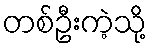
တစ်ဦးကဲ့သို့